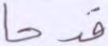
قدحا